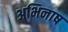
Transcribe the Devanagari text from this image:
अभिनाष